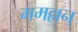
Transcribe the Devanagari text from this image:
ममल्लन्